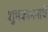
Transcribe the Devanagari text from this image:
शुभकामनायें